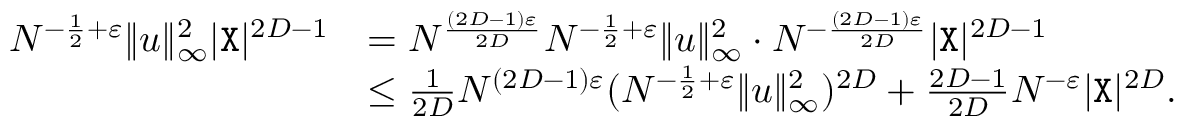
\begin{array} { r l } { N ^ { - \frac { 1 } { 2 } + \varepsilon } \| { \boldsymbol u } \| _ { \infty } ^ { 2 } | { \texttt X } | ^ { 2 D - 1 } } & { = N ^ { \frac { ( 2 D - 1 ) \varepsilon } { 2 D } } N ^ { - \frac { 1 } { 2 } + \varepsilon } \| { \boldsymbol u } \| _ { \infty } ^ { 2 } \cdot N ^ { - \frac { ( 2 D - 1 ) \varepsilon } { 2 D } } | { \texttt X } | ^ { 2 D - 1 } } \\ & { \leq \frac { 1 } { 2 D } N ^ { ( 2 D - 1 ) \varepsilon } ( N ^ { - \frac { 1 } { 2 } + \varepsilon } \| { \boldsymbol u } \| _ { \infty } ^ { 2 } ) ^ { 2 D } + \frac { 2 D - 1 } { 2 D } N ^ { - \varepsilon } | { \texttt X } | ^ { 2 D } . } \end{array}